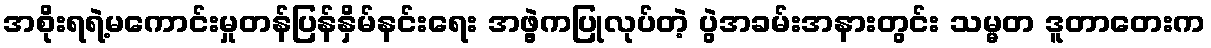
အစိုးရရဲ့မကောင်းမှုတန်ပြန်နှိမ်နင်းရေး အဖွဲ့ကပြုလုပ်တဲ့ ပွဲအခမ်းအနားတွင်း သမ္မတ ဒူတာတေးက